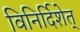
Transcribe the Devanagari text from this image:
विनिर्दिशेत्